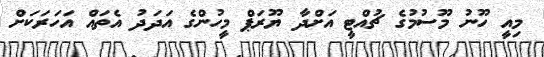
މިއީ ހޫނު މޫސުމުގެ ޗުއްޓީ އަށްދާ ޔޫރަޕް މީހުންގެ އަދަދު އެތައް އަހަރަކަށް